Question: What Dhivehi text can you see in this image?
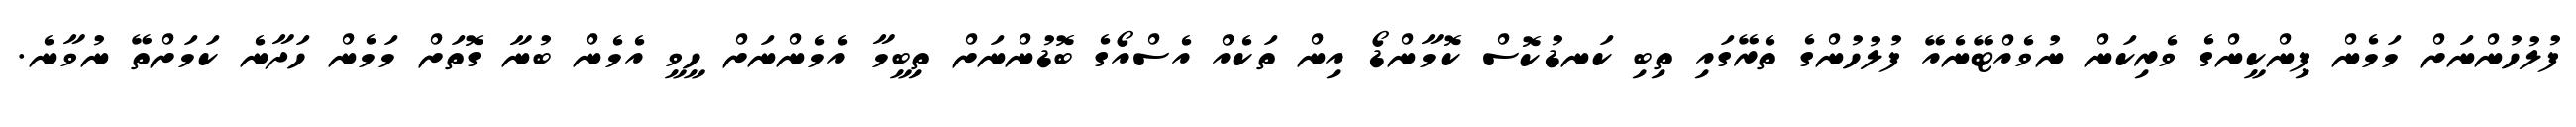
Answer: ފުލުހުންނަށް މަމެން ޕިންކީންގެ ވެރިކަން ނުވެއްޓޭނެއޭ ފުލުހުންގެ ތެރޭގައި ތިބި ކަނޑުކޮސް ކޮމާންޑޯ އިން ތަކެއް އެސްއޯގެ ބޮޑުންނަށް ތިބީމާ އެމެންނަށް ހީވީ އެމެން ބުނާ ގޮތަށް މަމެން ހަދާނެ ކަމަށްތޭ ނުވާނެ.